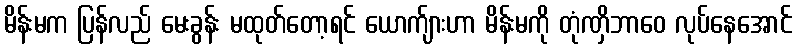
မိန်းမက ပြန်လည် မေးခွန်း မထုတ်တော့ရင် ယောက်ျားဟာ မိန်းမကို တုံဏှိဘာဝေ လုပ်နေအောင်